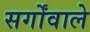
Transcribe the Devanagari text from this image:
सर्गोंवाले